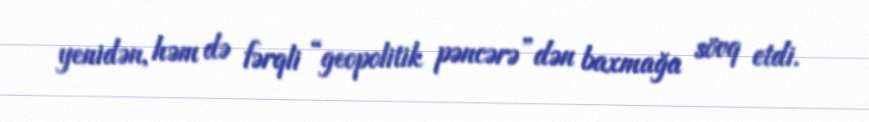
yenidən, həm də fərqli “geopolitik pəncərə”dən baxmağa sövq etdi.